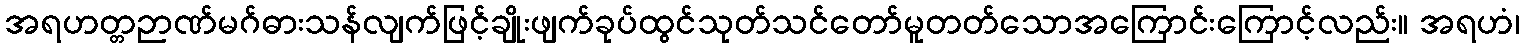
အရဟတ္တဉာဏ်မဂ်ဓားသန်လျက်ဖြင့်ချိုးဖျက်ခုပ်ထွင်သုတ်သင်တော်မူတတ်သောအကြောင်းကြောင့်လည်း။ အရဟံ၊